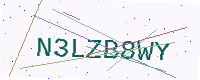
Text: N3LZB8WY